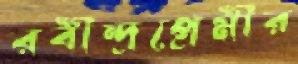
রবীন্দ্রপ্রেমীর